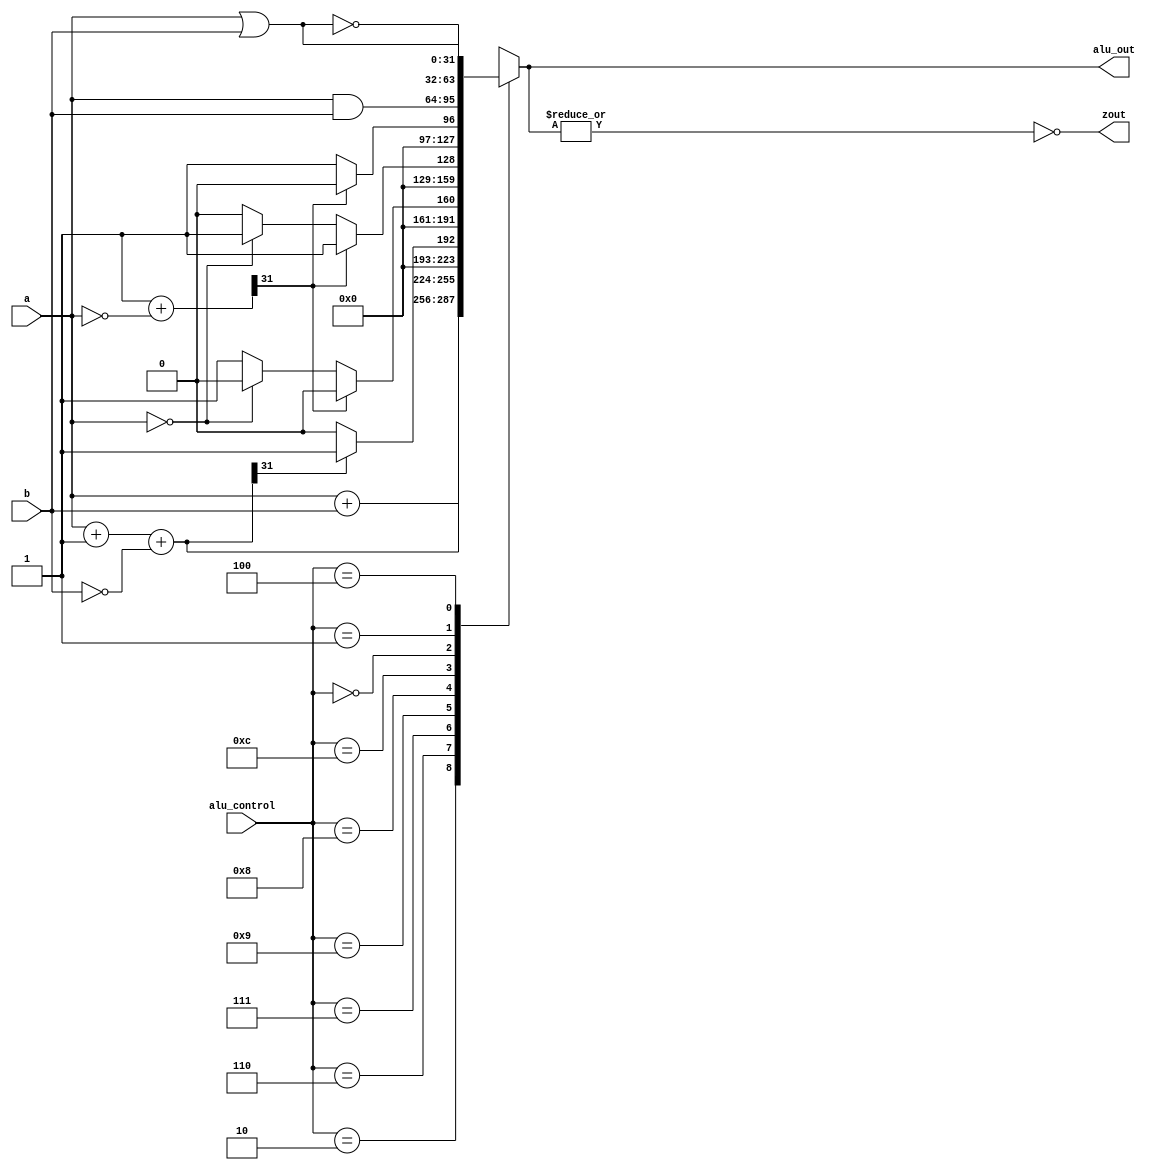
module alu32(alu_out,a,b,zout,alu_control);//ALU operation according to the ALU control line values
output [31:0] alu_out;
input [31:0] a,b; 
input [3:0] alu_control;//ALU control line
reg [31:0] alu_out;
reg [31:0] less;
output zout;
reg zout;
always @(a or b or alu_control)
begin
	case(alu_control)
	4'b0010: alu_out=a+b; 		//ALU control line=0010, ADD
	4'b0110: alu_out=a+1+(~b);	//ALU control line=0110, SUB
	4'b0111: begin less=a+1+(~b);	//ALU control line=0111, set on less than
			if (less[31]) alu_out=1;	
			else alu_out=0;
		  end
	4'b1001: begin	less = 1+(~a);//bgez  ALU control line = 1001
			if(less[31]) alu_out=0;
			else if (a == 0) alu_out = 0; 
			else alu_out=1;
		end
	4'b1000: begin 	less = 1+(~a);//bltz  ALU control line = 1000
			if(less[31]) alu_out=1;
			else if (a == 0) alu_out = 1; 
			else alu_out=0;
		end
	4'b1100: begin 	less = 1+(~a);//bgtz  ALU control line = 1100
			if(less[31]) alu_out=0;
			else if (a == 0) alu_out = 1; 
			else alu_out=1;
		end
	4'b0000: alu_out=a & b;	//ALU control line=0000, AND
	4'b0001: alu_out=a|b;		//ALU control line=0001, OR
	4'b0100: alu_out = ~(a|b);		// ALU control line = 0100 NOR
	default: alu_out=31'bx;	
	endcase
zout=~(|alu_out);
end
endmodule